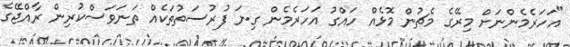
"އަހަރެމެންނަށް މިރޭގެ މެޗުން މޮޅެއް ހައްގު އަހަރެމެން ގިނަ ފުރުސަތުތަކެއް ތަނަވަސްކުރިން ރާއްޖޭގެ